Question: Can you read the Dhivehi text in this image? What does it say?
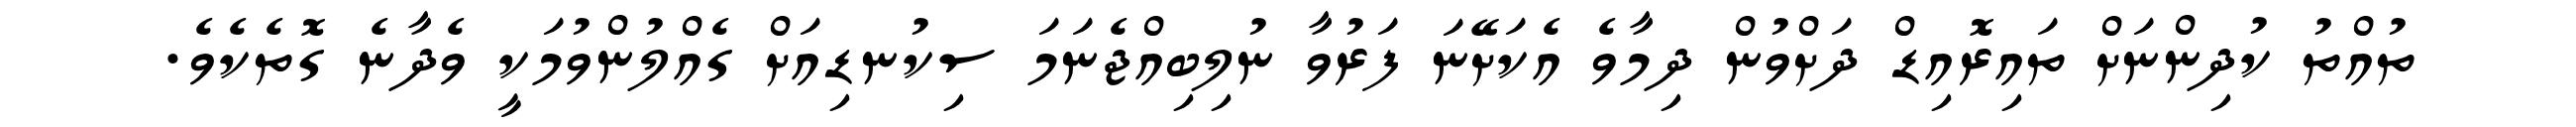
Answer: ތުއްތު ކުދިންނަށް ތައިރޮއިޑް ދަށްވުން ދިމާވެ އެކަށޭނަ ފަރުވާ ނުލިބިއްޖެނަމަ ސިކުނޑިއަށް ގެއްލުންވުމަކީ ވެދާނެ ގޮތެކެވެ.